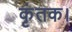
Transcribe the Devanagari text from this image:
कृंतक।